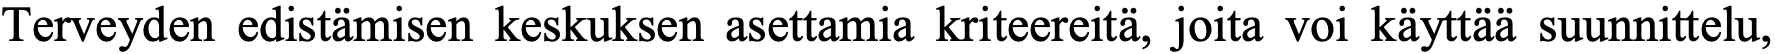
Terveyden edistämisen keskuksen asettamia kriteereitä, joita voi käyttää suunnittelu,